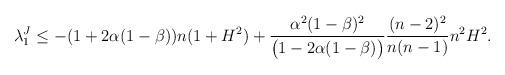
LaTeX: \begin{align*}\begin{aligned}&\lambda^{J}_1 \leq -(1+2\alpha(1-\beta))n(1+H^2)+\dfrac{\alpha^2(1-\beta)^2}{\big(1-2\alpha(1-\beta)\big)}\dfrac{(n-2)^2}{n(n-1)}n^2H^2.\end{aligned}\end{align*}